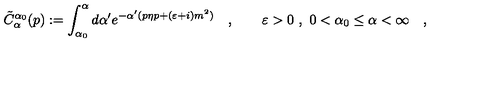
\tilde { C } _ { \alpha } ^ { \alpha _ { 0 } } ( p ) : = \int _ { \alpha _ { 0 } } ^ { \alpha } d \alpha ^ { \prime } e ^ { - \alpha ^ { \prime } ( p \eta p + ( \varepsilon + i ) m ^ { 2 } ) } \quad , \qquad \varepsilon > 0 \ , \ 0 < \alpha _ { 0 } \leq \alpha < \infty \quad ,